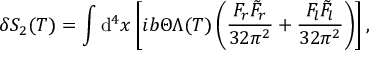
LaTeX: \delta S _ { 2 } ( T ) = \int \mathrm { d } ^ { 4 } x \left[ i b \Theta \Lambda ( T ) \left( \frac { F _ { r } \tilde { F } _ { r } } { 3 2 \pi ^ { 2 } } + \frac { F _ { l } \tilde { F } _ { l } } { 3 2 \pi ^ { 2 } } \right) \right] ,